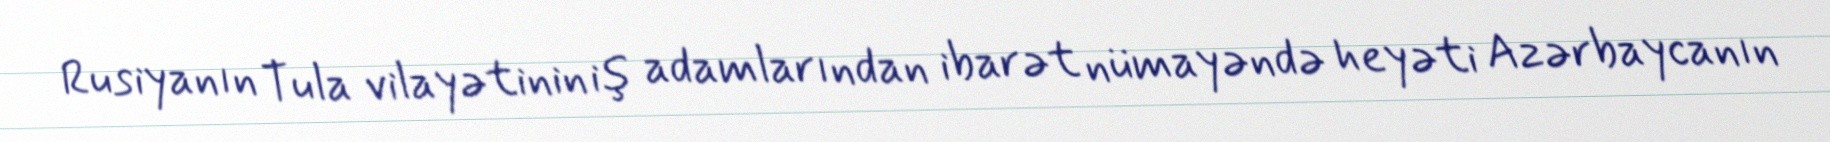
Rusiyanın Tula vilayətinin iş adamlarından ibarət nümayəndə heyəti Azərbaycanın